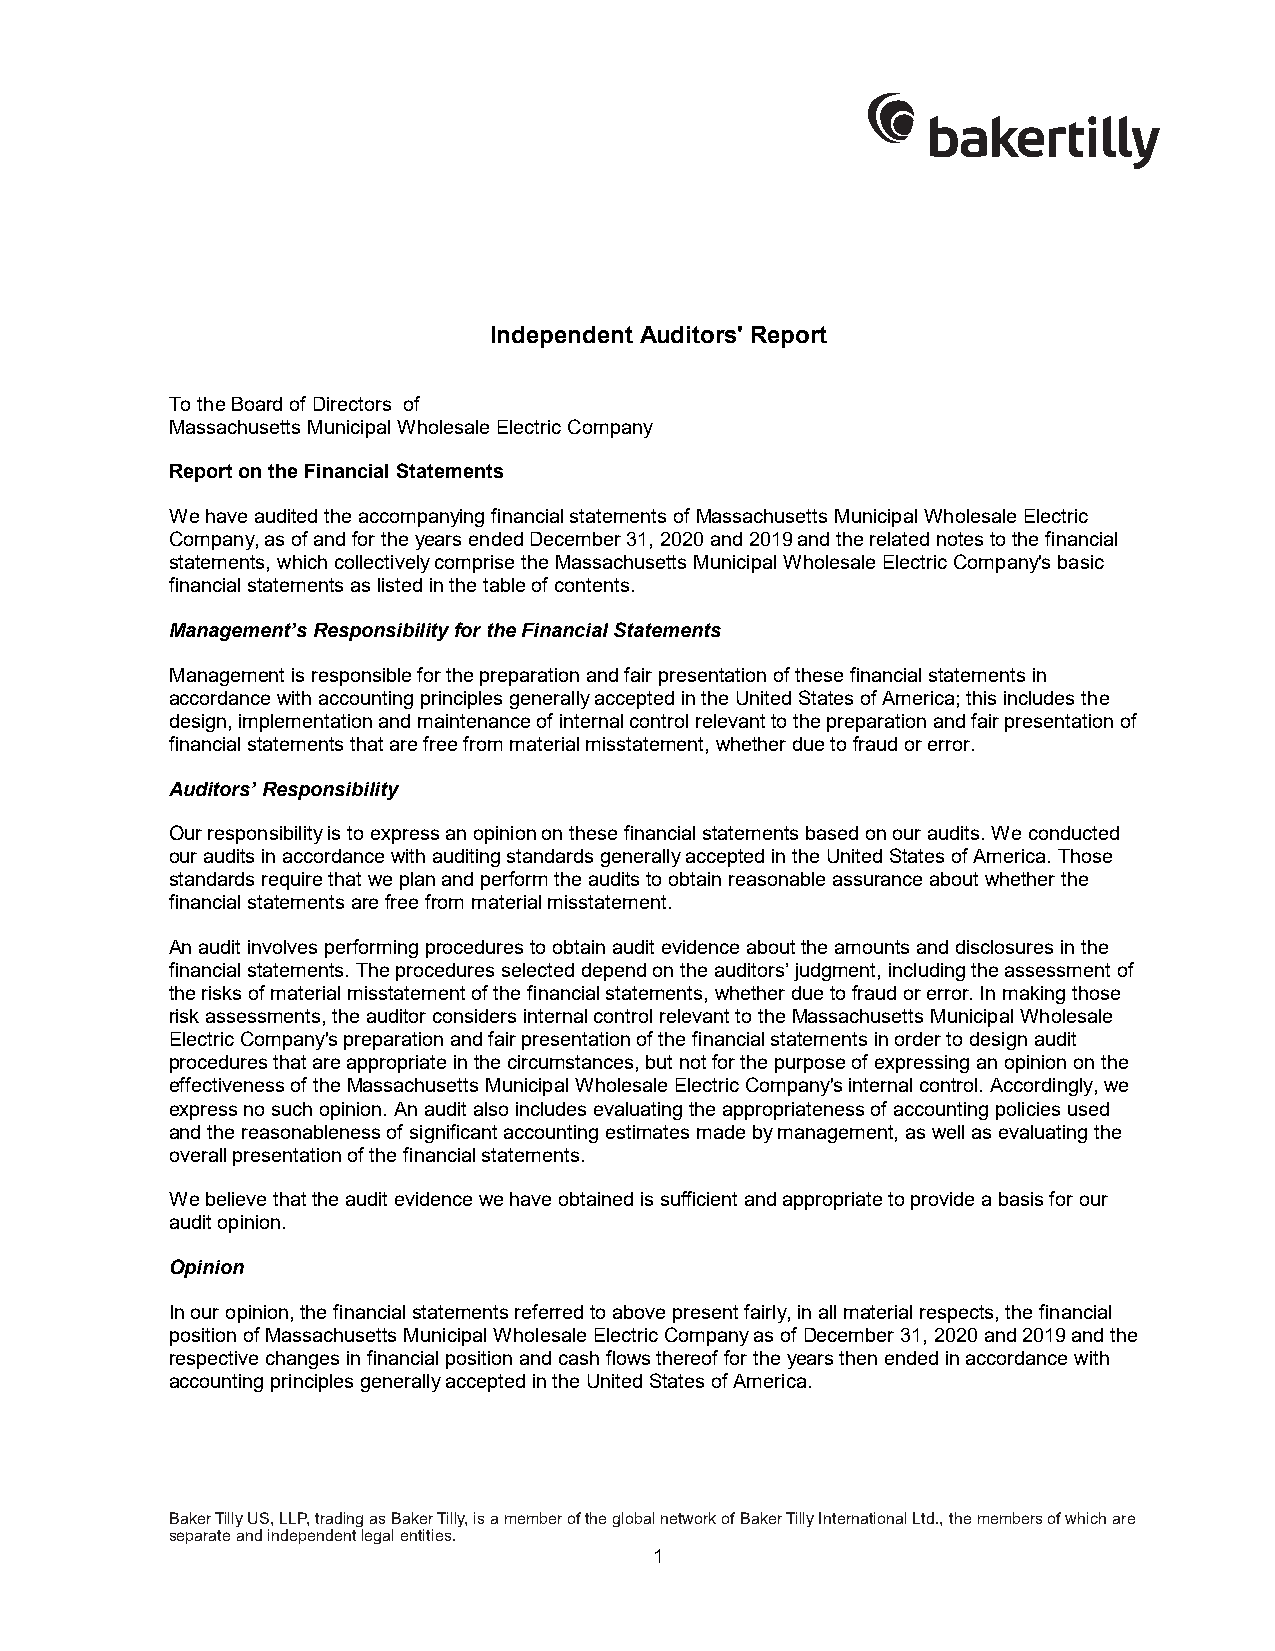
Independent Auditors' Report
 To the Board of Directors of
 Massachusetts Municipal Wholesale Electric Company
 Report on the Financial Statements
 We have audited the accompanying financial statements of Massachusetts Municipal Wholesale Electric
 Company, as of and for the years ended December 31, 2020 and 2019 and the related notes to the financial
 statements, which collectively comprise the Massachusetts Municipal Wholesale Electric Company's basic
 financial statements as listed in the table of contents.
 Management’s Responsibility for the Financial Statements
 Management is responsible for the preparation and fair presentation of these financial statements in
 accordance with accounting principles generally accepted in the United States of America; this includes the
 design, implementation and maintenance of internal control relevant to the preparation and fair presentation of
 financial statements that are free from material misstatement, whether due to fraud or error.
 Auditors’ Responsibility
 Our responsibility is to express an opinion on these financial statements based on our audits. We conducted
 our audits in accordance with auditing standards generally accepted in the United States of America. Those
 standards require that we plan and perform the audits to obtain reasonable assurance about whether the
 financial statements are free from material misstatement.
 An audit involves performing procedures to obtain audit evidence about the amounts and disclosures in the
 financial statements. The procedures selected depend on the auditors’ judgment, including the assessment of
 the risks of material misstatement of the financial statements, whether due to fraud or error. In making those
 risk assessments, the auditor considers internal control relevant to the Massachusetts Municipal Wholesale
 Electric Company's preparation and fair presentation of the financial statements in order to design audit
 procedures that are appropriate in the circumstances, but not for the purpose of expressing an opinion on the
 effectiveness of the Massachusetts Municipal Wholesale Electric Company's internal control. Accordingly, we
 express no such opinion. An audit also includes evaluating the appropriateness of accounting policies used
 and the reasonableness of significant accounting estimates made by management, as well as evaluating the
 overall presentation of the financial statements.
 We believe that the audit evidence we have obtained is sufficient and appropriate to provide a basis for our
 audit opinion.
 Opinion
 In our opinion, the financial statements referred to above present fairly, in all material respects, the financial
 position of Massachusetts Municipal Wholesale Electric Company as of December 31, 2020 and 2019 and the
 respective changes in financial position and cash flows thereof for the years then ended in accordance with
 accounting principles generally accepted in the United States of America.
 Baker Tilly US, LLP, trading as Baker Tilly, is a member of the global network of Baker Tilly International Ltd., the members of which are
 separate and independent legal entities.
 1